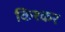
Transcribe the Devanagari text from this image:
किश्कर